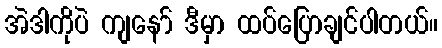
အဲဒါကိုပဲ ကျနော် ဒီမှာ ထပ်ပြောချင်ပါတယ်။